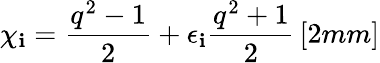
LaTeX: \chi_{\mathbf{i}}=\frac{{q^{2}-1}}{{2}}+\epsilon_{\mathbf{i}}\frac{{q^{2}+1}}{{2}}\, [2mm]